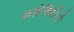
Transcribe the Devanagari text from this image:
कलेक्टिविटी